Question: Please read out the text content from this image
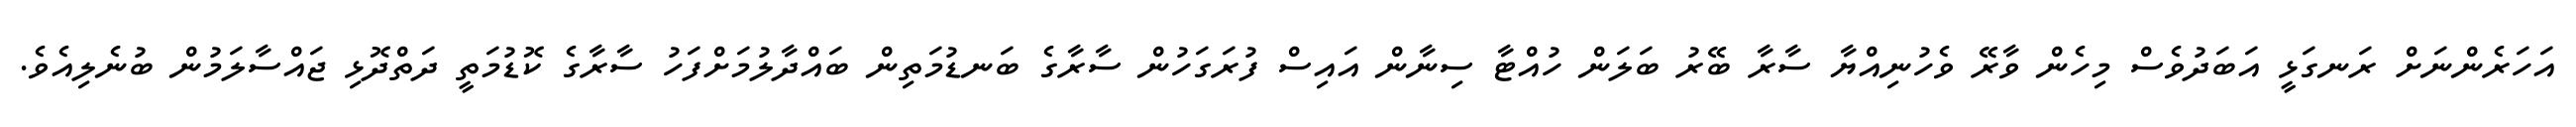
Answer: އަހަރެންނަށް ރަނގަޅީ އަބަދުވެސް މިހެން ވާރޭ ވެހުނިއްޔާ ސާރާ ބޭރު ބަލަން ހުއްޓާ ސިނާން އައިސް ފުރަގަހުން ސާރާގެ ބަނޑުމަތިން ބައްދާލުމަށްފަހު ސާރާގެ ކޮޑުމަތީ ދަތްދޮޅި ޖައްސާލަމުން ބުނެލިއެވެ.